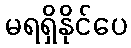
မရရှိနိုင်ပေ